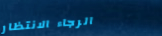
الرجاء الانتظار